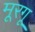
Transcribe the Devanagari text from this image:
मूरगू